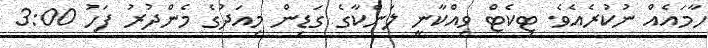
ހާމައެއް ނުކުރެއެވެ. ޓިކެޓް ވިއްކާނީ ލަންކާގެ ގަޑިން މިއަދުގެ މެންދުރު ފަހު 3:00